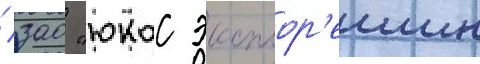
/ зао "юкос эксплор'еишн